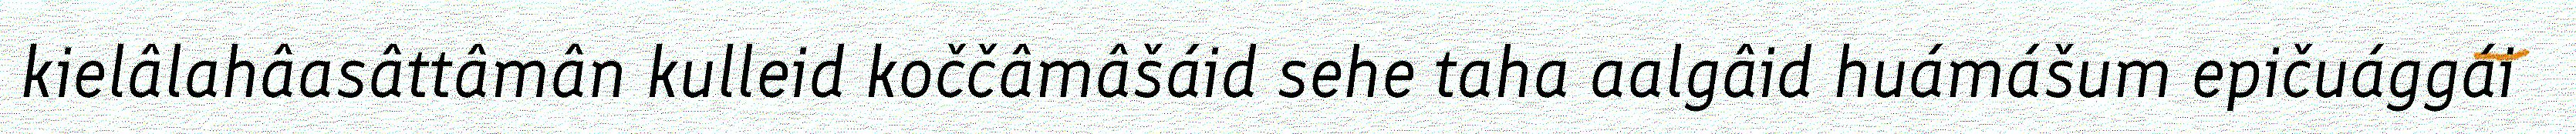
kielâlahâasâttâmân kulleid koččâmâšáid sehe taha aalgâid huámášum epičuággái